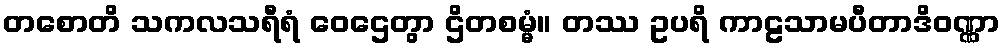
တစောတိ သကလသရီရံ ဝေဌေတွာ ဌိတစမ္မံ။ တဿ ဥပရိ ကာဠသာမပီတာဒိဝဏ္ဏာ